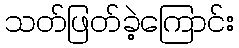
သတ်ဖြတ်ခဲ့ကြောင်း